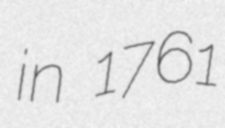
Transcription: in 1761